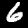
Label: 6